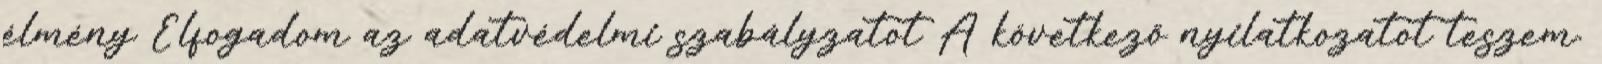
élmény Elfogadom az adatvédelmi szabályzatot A következő nyilatkozatot teszem.